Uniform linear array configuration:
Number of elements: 24
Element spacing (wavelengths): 0.5
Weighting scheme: exponential
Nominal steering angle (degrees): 60
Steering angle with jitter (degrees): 60.96
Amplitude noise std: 0.05
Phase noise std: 0.05

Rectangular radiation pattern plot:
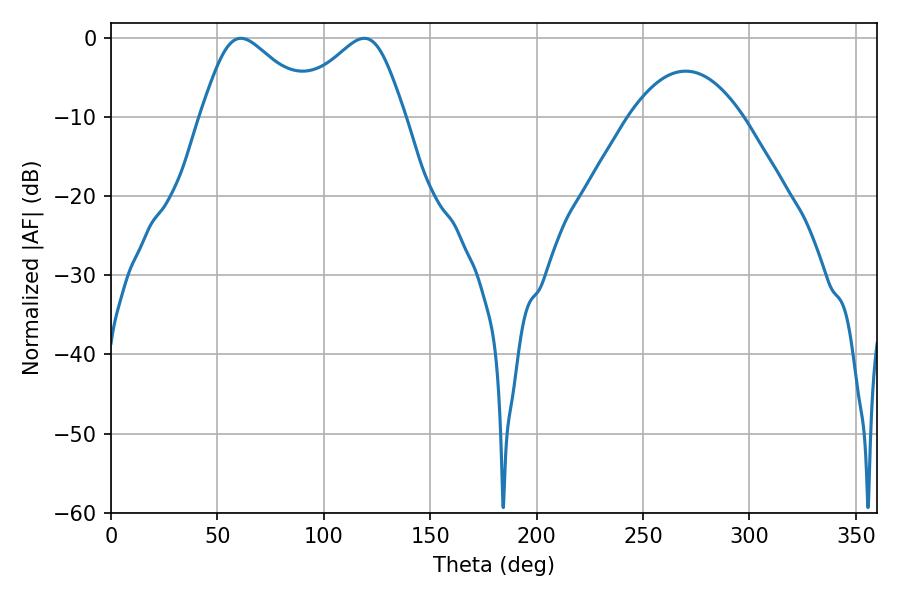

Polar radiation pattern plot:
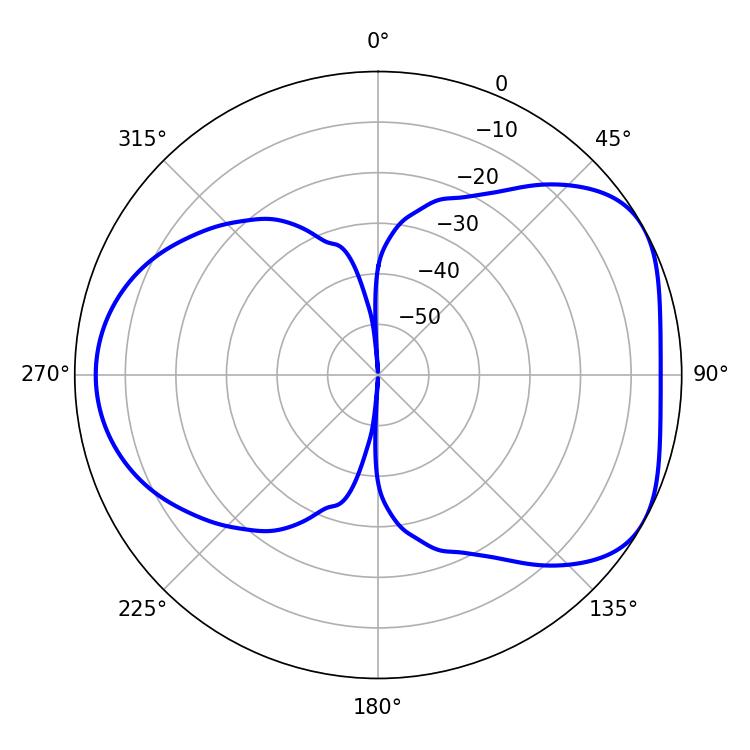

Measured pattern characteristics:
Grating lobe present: FALSE
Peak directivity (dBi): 4.948
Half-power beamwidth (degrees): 27
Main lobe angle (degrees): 61.02